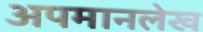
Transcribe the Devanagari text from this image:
अपमानलेख